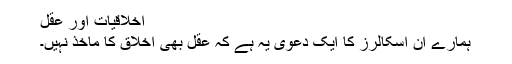
اخلاقیات اور عقل
ہمارے ان اسکالرز کا ایک دعویٰ یہ ہے کہ عقل بھی اخلاق کا ماخذ نہیں۔